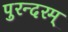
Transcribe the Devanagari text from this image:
पुरन्दरम्